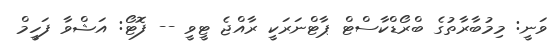
ވަނީ: މިމުބާރާތުގެ ބްރޯޑްކާސްޓް ޕާޓްނަރަކީ ރާއްޖެ ޓީވީ -- ފޮޓޯ: އަޝްވާ ފަހީމް